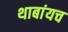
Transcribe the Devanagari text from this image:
थाबांयच